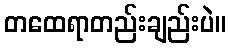
တထေရာတည်းချည်းပဲ။